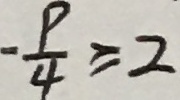
- \frac { p } { 4 } \geq 2